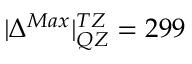
| { \Delta ^ { M a x } } | _ { Q Z } ^ { T Z } = 2 9 9